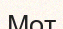
Мот